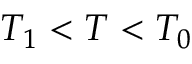
T _ { 1 } < T < T _ { 0 }